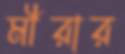
মীরার